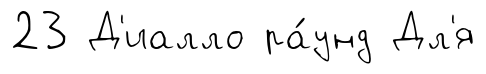
23 Д'иалло ра́унд Дл'я